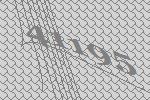
41195